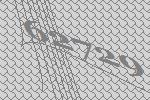
62729